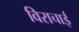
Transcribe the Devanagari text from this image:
विराचाई